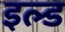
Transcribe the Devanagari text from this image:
इल्ड